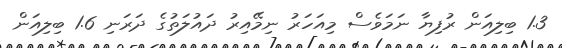
1.3 ބިލިއަން ރުފިޔާ ނަމަވެސް މިއަހަރު ނިމޭއިރު ދައުލަތުގެ ދަރަނި 1.6 ބިލިއަން